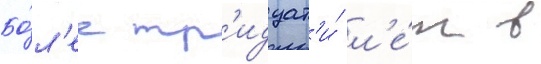
Бо́л'ее тр'идцат'и́ л'е́т в